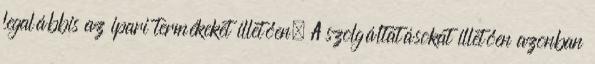
legalábbis az ipari termékeket illetően. A szolgáltatásokat illetően azonban